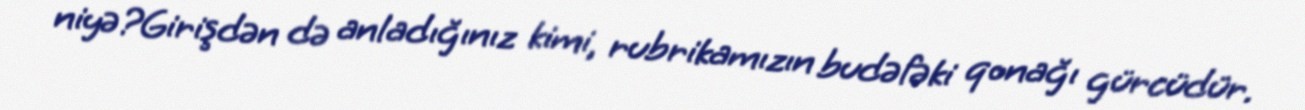
niyə?Girişdən də anladığınız kimi, rubrikamızın budəfəki qonağı gürcüdür.